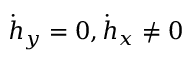
\dot { h } _ { y } = 0 , \dot { h } _ { x } \neq 0